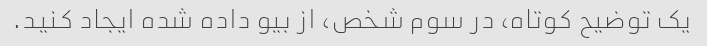
یک توضیح کوتاه، در سوم شخص، از بیو داده شده ایجاد کنید.